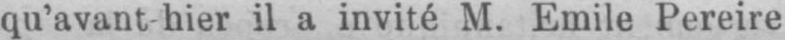
qu’avant-hier il a invité M. Emile Pereire